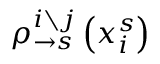
\rho _ { \rightarrow s } ^ { i \setminus j } \left( x _ { i } ^ { s } \right)